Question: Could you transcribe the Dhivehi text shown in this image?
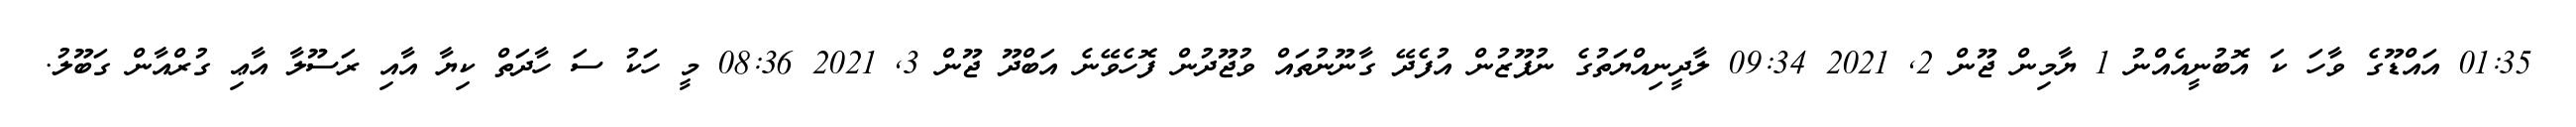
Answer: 01:35 އައްޑޫގެ ވާހަ ކަ އޮބުނީއެއްނު 1 ޔާމިން ޖޫން 2, 2021 09:34 ލާދީނިއްޔަތުގެ ނުފޫޒުން އުފެދޭ ގާނޫނުތައް ވުޖޫދުން ފޮހެވޭނެ އަބްދޫ ޖޫން 3, 2021 08:36 މީ ހަކު ސަ ހާދަތް ކިޔާ އާއި ރަސޫލާ އާޢި ގުރްއާން ގަބޫލު.